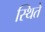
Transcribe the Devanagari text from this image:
स्थिते